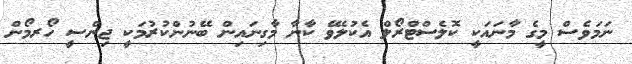
ނަމަވެސް މީގެ މާނައަކީ ކޮލެސްޓްރޯލް އެކުލެވޭ ކާނާ މާގިނައިން ބޭނުންކުރުމަކީ ޖިންސީ ހޯރމޯން